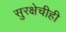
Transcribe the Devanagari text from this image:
सुरक्षेचीही